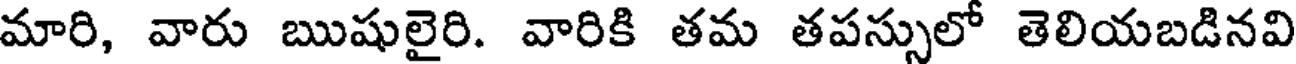
మారి, వారు ఋషులైరి. వారికి తమ తపస్సులో తెలియబడినవి